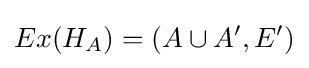
Ex(H_{A})=(A\cup A',E')